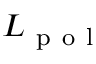
{ \cal L } _ { \mathrm { ~ p ~ o ~ l ~ } }